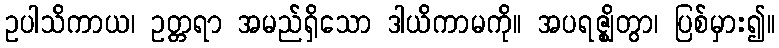
ဥပါသိကာယ၊ ဥတ္တရာ အမည်ရှိသော ဒါယိကာမကို။ အပရဇ္ဈိတွာ၊ ပြစ်မှား၍။